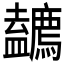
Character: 𱝐